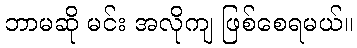
ဘာမဆို မင်း အလိုကျ ဖြစ်စေရမယ်။